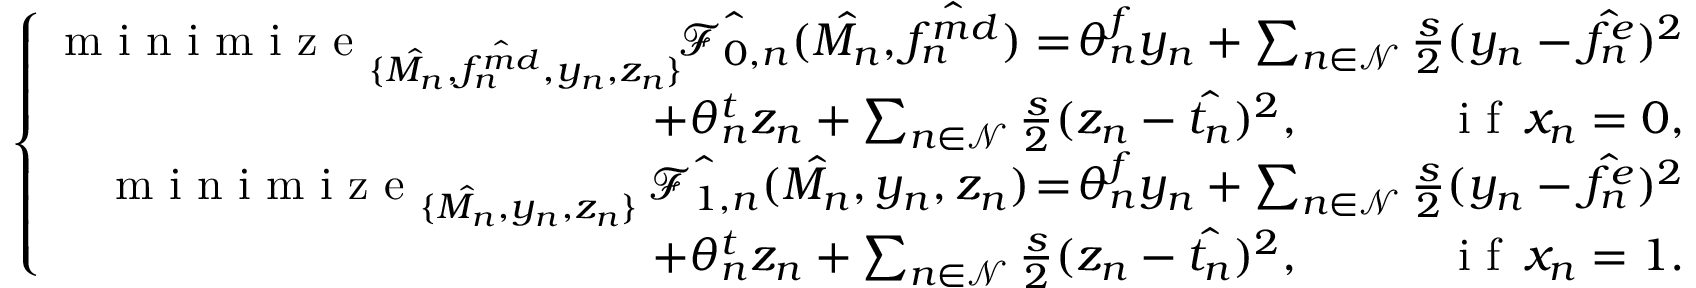
\begin{array} { r } { \! \! \! \! \! \left\{ { \begin{array} { r } { \! \! \mathop { \textrm { m i n i m i z e } } _ { \{ \hat { M _ { n } } , \hat { f _ { n } ^ { m d } } , y _ { n } , z _ { n } \} } \! \! \hat { \mathcal { F } _ { 0 , n } } ( \hat { M _ { n } } , \hat { f _ { n } ^ { m d } } ) = \! \theta _ { n } ^ { f } y _ { n } + \sum _ { n \in \mathcal { N } } \frac { s } { 2 } ( y _ { n } - \hat { f _ { n } ^ { e } } ) ^ { 2 } } \\ { + \theta _ { n } ^ { t } z _ { n } + \sum _ { n \in \mathcal { N } } \frac { s } { 2 } ( z _ { n } - \hat { t _ { n } } ) ^ { 2 } , \qquad \quad \mathop { \textrm { i f } } x _ { n } = 0 , } \\ { \! \! \mathop { \textrm { m i n i m i z e } } _ { \{ \hat { M _ { n } } , y _ { n } , z _ { n } \} } \hat { \mathcal { F } _ { 1 , n } } ( \hat { M _ { n } } , y _ { n } , z _ { n } ) \! = \! \theta _ { n } ^ { f } y _ { n } + \sum _ { n \in \mathcal { N } } \frac { s } { 2 } ( y _ { n } - \hat { f _ { n } ^ { e } } ) ^ { 2 } } \\ { + \theta _ { n } ^ { t } z _ { n } + \sum _ { n \in \mathcal { N } } \frac { s } { 2 } ( z _ { n } - \hat { t _ { n } } ) ^ { 2 } , \qquad \quad \mathop { \textrm { i f } } x _ { n } = 1 . } \end{array} } \right. } \end{array}